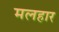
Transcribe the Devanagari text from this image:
मलहार